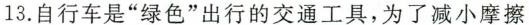
13.自行车是”绿色”出行的交通工具，为了减小摩擦